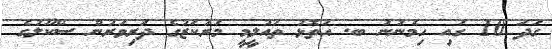
ގަދަ 10 ގައި ހިމެނުނު ބ. އަތޮޅު ތައުލީމީ މަރުކަޒުގެ ދަރިވަރުން ސްކޫލުގެ